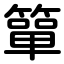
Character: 簞